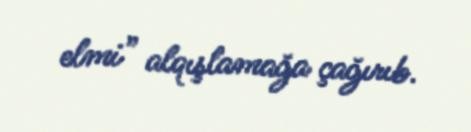
elmi” alqışlamağa çağırıb.